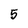
Character: 5